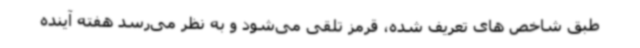
طبق شاخص های تعریف شده، قرمز تلقی می‌شود و به نظر می‌رسد هفته آینده